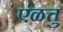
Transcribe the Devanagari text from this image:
एळत्तु